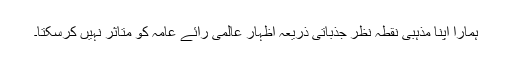
ہمارا اپنا مذہبی نقطہ نظر جذباتی ذریعہ اظہار عالمی رائے عامہ کو متاثر نہیں کرسکتا۔